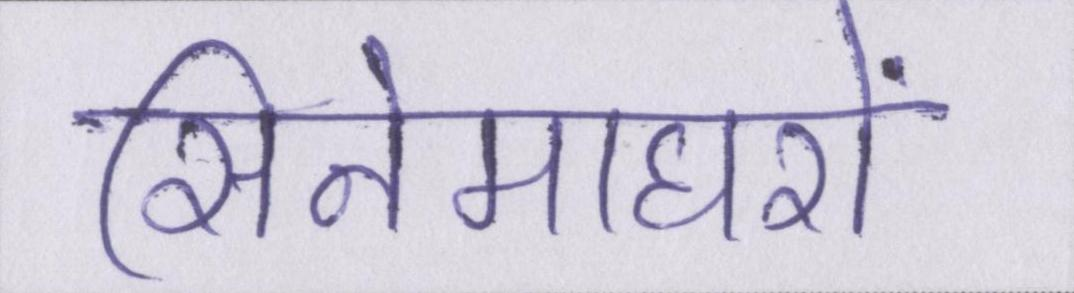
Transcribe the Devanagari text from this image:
सिनेमाघरों